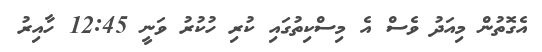
އެގޮތުން މިއަދު ވެސް އެ މިސްކިތުގައި ކުރި ހުކުރު ވަނީ 12:45 ހާއިރު